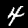
Digit: 4